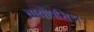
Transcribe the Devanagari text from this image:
ब्रायोपसिडा